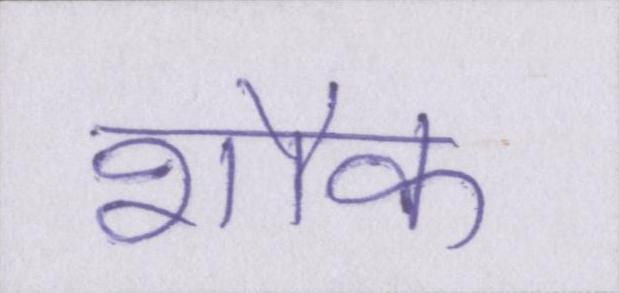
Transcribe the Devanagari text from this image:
शौक